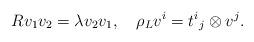
LaTeX: \begin{align*}Rv_1v_2 = \lambda v_2v_1,\quad \rho_L v^i = {t^i}_j \otimes v^j.\end{align*}